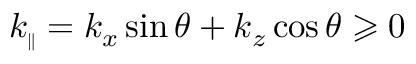
k _ { \scriptscriptstyle \parallel } = k _ { x } \sin \theta + k _ { z } \cos \theta \geqslant 0